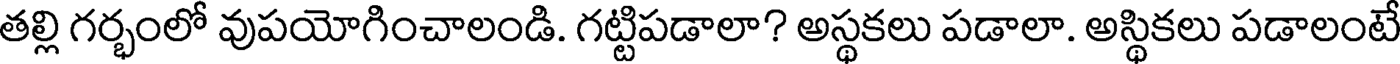
తల్లి గర్భంలో వుపయోగించాలండి. గట్టిపడాలా? అస్థకలు పడాలా. అస్థికలు పడాలంటే